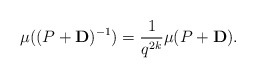
\begin{align*}\mu( (P + {\bf D})^{-1} ) = \frac{1}{q^{2k}} \mu ( P + {\bf D}) . \end{align*}